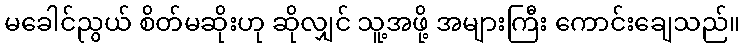
မခေါင်ညွယ် စိတ်မဆိုးဟု ဆိုလျှင် သူ့အဖို့ အများကြီး ကောင်းချေသည်။